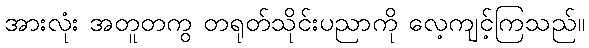
အားလုံး အတူတကွ တရုတ်သိုင်းပညာကို လေ့ကျင့်ကြသည်။